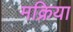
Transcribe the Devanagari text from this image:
मक्रिया